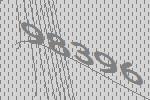
98396